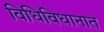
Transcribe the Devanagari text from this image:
विधिविधानात